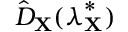
\hat { D } _ { \mathbf { X } } ( \boldsymbol { \lambda } _ { \mathbf { X } } ^ { * } )